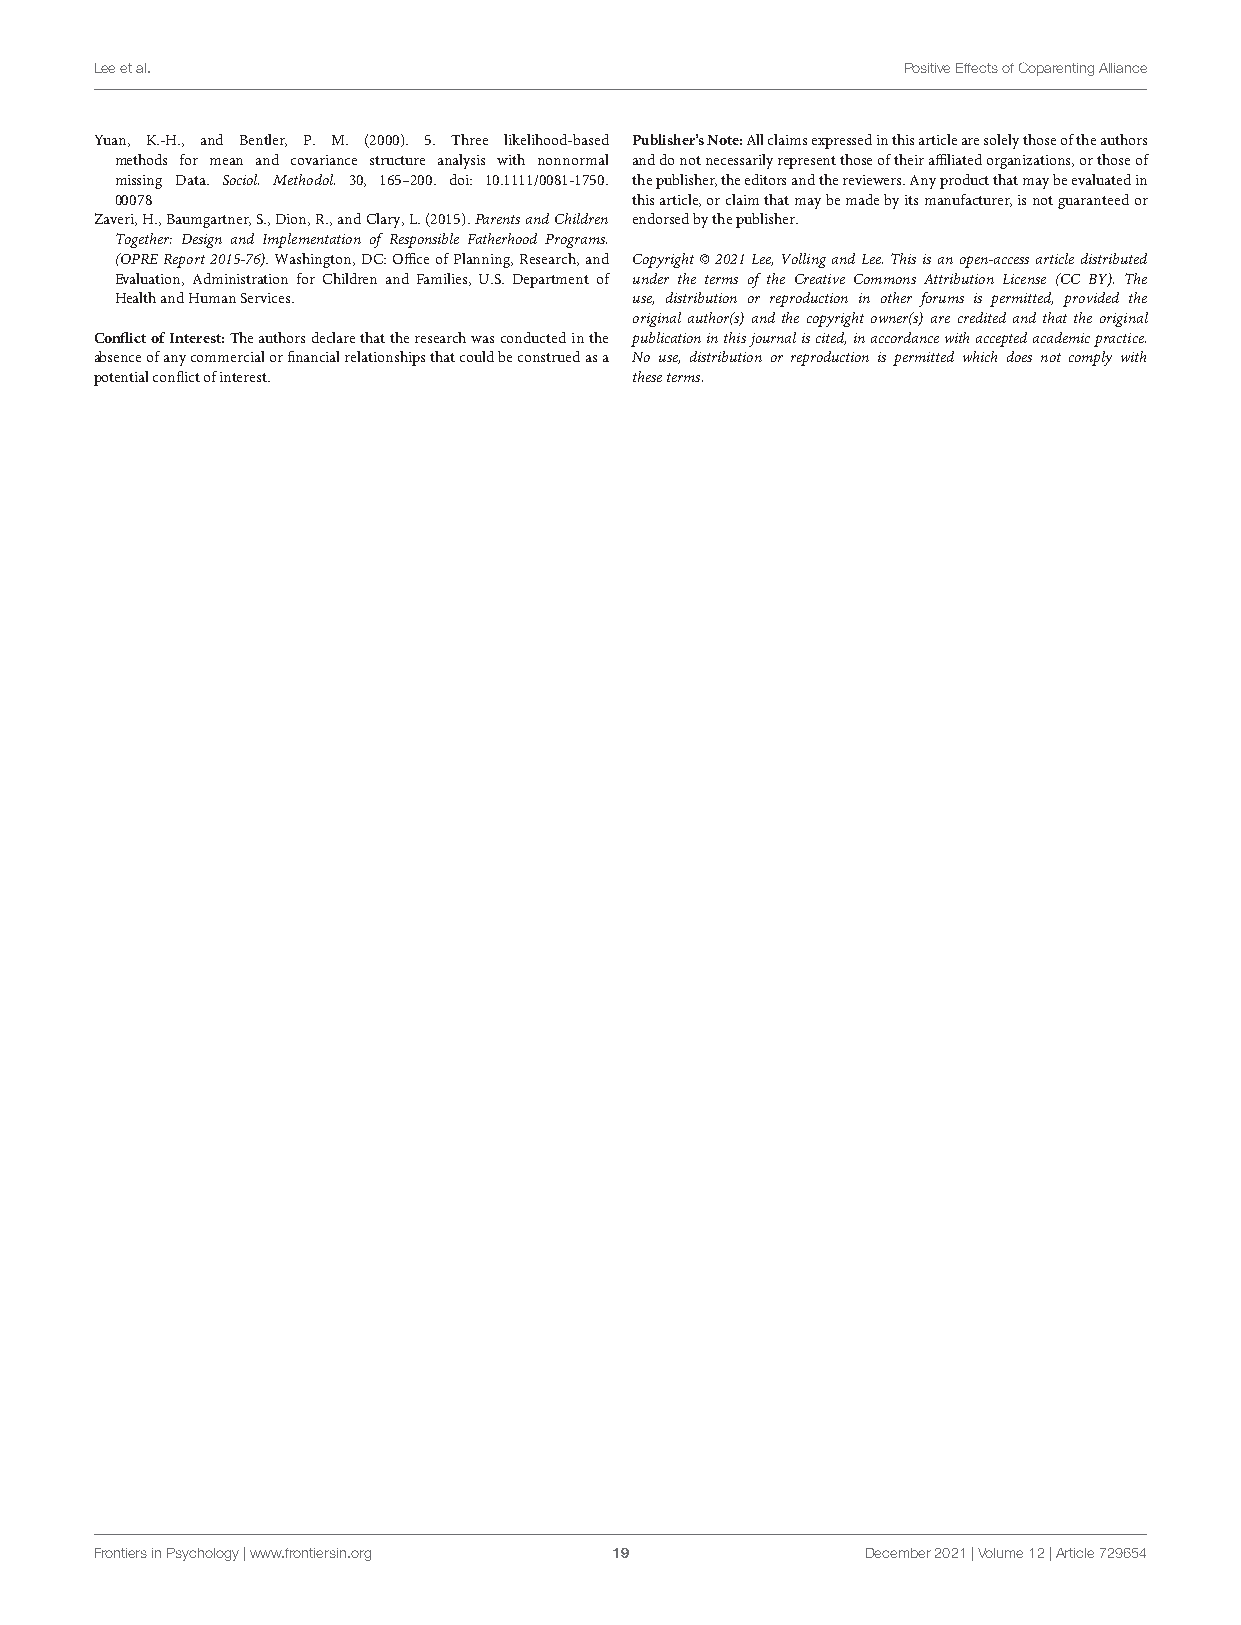
fpsyg-12-729654 December8,2021 Time:9:49 #19
 Leeetal.                                              PositiveEffectsofCoparentingAlliance
 Yuan, K.-H., and Bentler, P. M. (2000). 5. Three likelihood-based Publisher’sNote:Allclaimsexpressedinthisarticlearesolelythoseoftheauthors
 methods for mean and covariance structure analysis with nonnormal anddonotnecessarilyrepresentthoseoftheiraffiliatedorganizations,orthoseof
 missing Data. Sociol. Methodol. 30, 165–200. doi: 10.1111/0081-1750. thepublisher,theeditorsandthereviewers.Anyproductthatmaybeevaluatedin
 00078                             thisarticle,orclaimthatmaybemadebyitsmanufacturer,isnotguaranteedor
 Zaveri,H.,Baumgartner,S.,Dion,R.,andClary,L.(2015).ParentsandChildren endorsedbythepublisher.
 Together: Design and Implementation of Responsible Fatherhood Programs.
 (OPREReport2015-76).Washington,DC:OfficeofPlanning,Research,and Copyright©2021Lee,VollingandLee.Thisisanopen-accessarticledistributed
 Evaluation, Administration for Children and Families, U.S. Department of under the terms of the Creative Commons Attribution License (CC BY). The
 HealthandHumanServices.           use, distribution or reproduction in other forums is permitted, provided the
 original author(s) and the copyright owner(s) are credited and that the original
 ConflictofInterest:Theauthorsdeclarethattheresearchwasconductedinthe publicationinthisjournaliscited,inaccordancewithacceptedacademicpractice.
 absenceofanycommercialorfinancialrelationshipsthatcouldbeconstruedasa No use, distribution or reproduction is permitted which does not comply with
 potentialconflictofinterest.        theseterms.
 FrontiersinPsychology|www.frontiersin.org 19       December2021|Volume12|Article729654